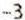
-3